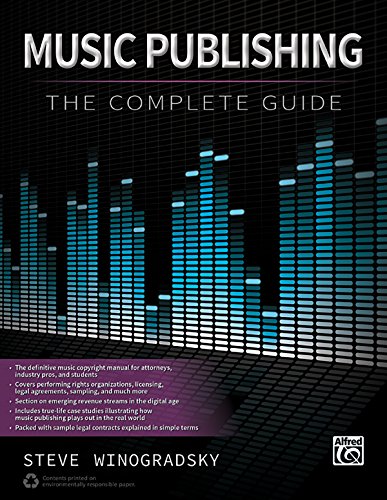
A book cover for Music Publishing -- The Complete Guide; Steve Winogradsky; Arts & Photography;